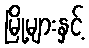
မြို့များနှင့်